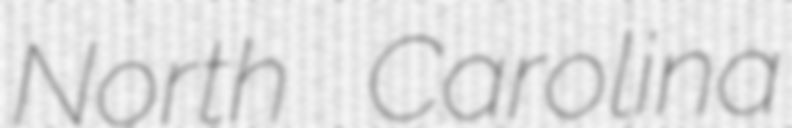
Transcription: North Carolina